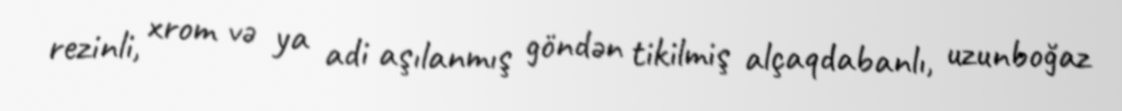
rezinli, xrom və ya adi aşılanmış göndən tikilmiş alçaqdabanlı, uzunboğaz